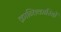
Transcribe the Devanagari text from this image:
क्रान्‍तिकारियों